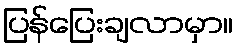
ပြန်ပြေးချလာမှာ။